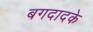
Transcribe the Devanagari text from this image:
बगदादके